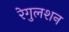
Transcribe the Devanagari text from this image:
रेगुलशन